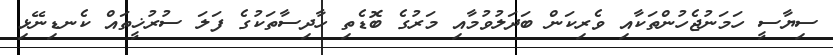
ސިޔާސީ ހަމަނުޖެހުންތަކާއި ވެރިކަން ބަދަލުވުމާއި މަރުގެ ބޮޑެތި ހާދިސާތަކުގެ ފަލަ ސުރުޚީތައް ކެނޑިނޭޅި